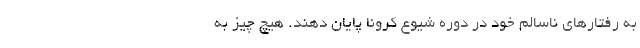
به رفتارهای ناسالم خود در دوره شیوع کرونا پایان دهند. هیچ ‌چیز به